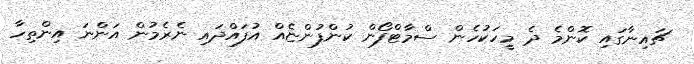
ޗައިނާގައި ކޮންމެ ދެ މީހަކުހެން ސްމާޓްފޯން ކުންފުންޏެއް އުފައްދައި ނެރެމުން އަންނަ އިންތިހާ